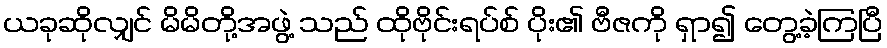
ယခုဆိုလျှင် မိမိတို့အဖွဲ့ သည် ထိုဗိုင်းရပ်စ် ပိုး၏ ဗီဇကို ရှာ၍ တွေ့ခဲ့ကြပြီ